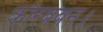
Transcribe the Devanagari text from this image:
कौरबबन।